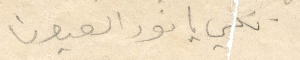
لكي يا نور العيون